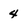
Character: 4